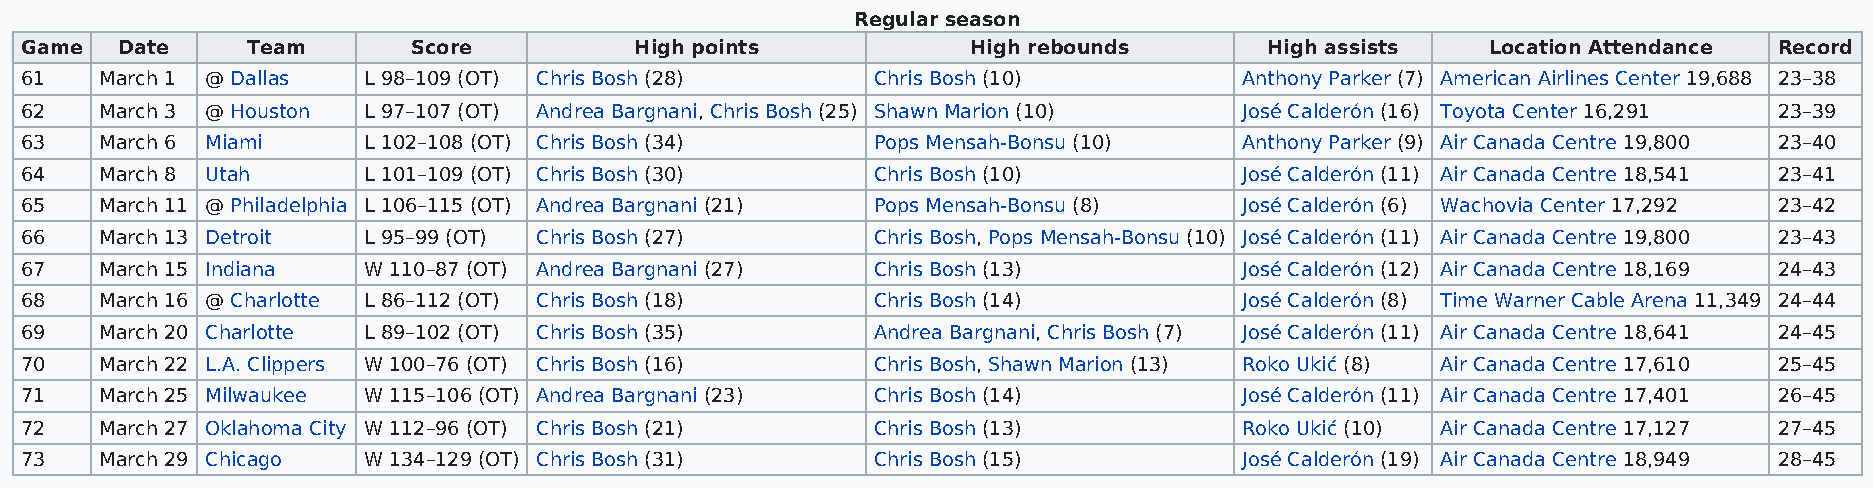
Regular season
 Game   Date    Team       Score          High points           High rebounds       High assists   Location Attendance Record
 61    March 1 @ Dallas L 98–109 (OT) Chris Bosh (28)     Chris Bosh (10)         Anthony Parker (7) American Airlines Center 19,688 23–38
 62    March 3 @ Houston L 97–107 (OT) Andrea Bargnani, Chris Bosh (25) Shawn Marion (10) José Calderón (16) Toyota Center 16,291 23–39
 63    March 6 Miami    L 102–108 (OT) Chris Bosh (34)    Pops Mensah-Bonsu (10)  Anthony Parker (9) Air Canada Centre 19,800 23–40
 64    March 8 Utah     L 101–109 (OT) Chris Bosh (30)    Chris Bosh (10)         José Calderón (11) Air Canada Centre 18,541 23–41
 65    March 11 @ Philadelphia L 106–115 (OT) Andrea Bargnani (21) Pops Mensah-Bonsu (8) José Calderón (6) Wachovia Center 17,292 23–42
 66    March 13 Detroit L 95–99 (OT) Chris Bosh (27)      Chris Bosh, Pops Mensah-Bonsu (10) José Calderón (11) Air Canada Centre 19,800 23–43
 67    March 15 Indiana W 110–87 (OT) Andrea Bargnani (27) Chris Bosh (13)        José Calderón (12) Air Canada Centre 18,169 24–43
 68    March 16 @ Charlotte L 86–112 (OT) Chris Bosh (18) Chris Bosh (14)         José Calderón (8) Time Warner Cable Arena 11,349 24–44
 69    March 20 Charlotte L 89–102 (OT) Chris Bosh (35)   Andrea Bargnani, Chris Bosh (7) José Calderón (11) Air Canada Centre 18,641 24–45
 70    March 22 L.A. Clippers W 100–76 (OT) Chris Bosh (16) Chris Bosh, Shawn Marion (13) Roko Ukić (8) Air Canada Centre 17,610 25–45
 71    March 25 Milwaukee W 115–106 (OT) Andrea Bargnani (23) Chris Bosh (14)     José Calderón (11) Air Canada Centre 17,401 26–45
 72    March 27 Oklahoma City W 112–96 (OT) Chris Bosh (21) Chris Bosh (13)       Roko Ukić (10) Air Canada Centre 17,127 27–45
 73    March 29 Chicago W 134–129 (OT) Chris Bosh (31)    Chris Bosh (15)         José Calderón (19) Air Canada Centre 18,949 28–45